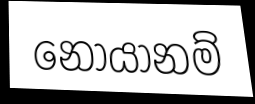
නොයානම්